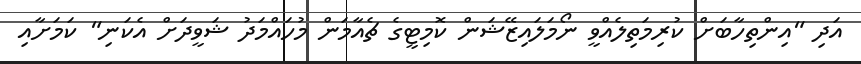
އަދި "އިންތިހާބަށް ކުރިމަތިލެއްވީ ނޯމަލައިޒޭޝަން ކޮމިޓީގެ ޗެއާމަން މުހައްމަދު ޝަވީދަށް އެކަނި" ކަމަށާއި